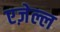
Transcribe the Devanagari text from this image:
एज़ेल्ल